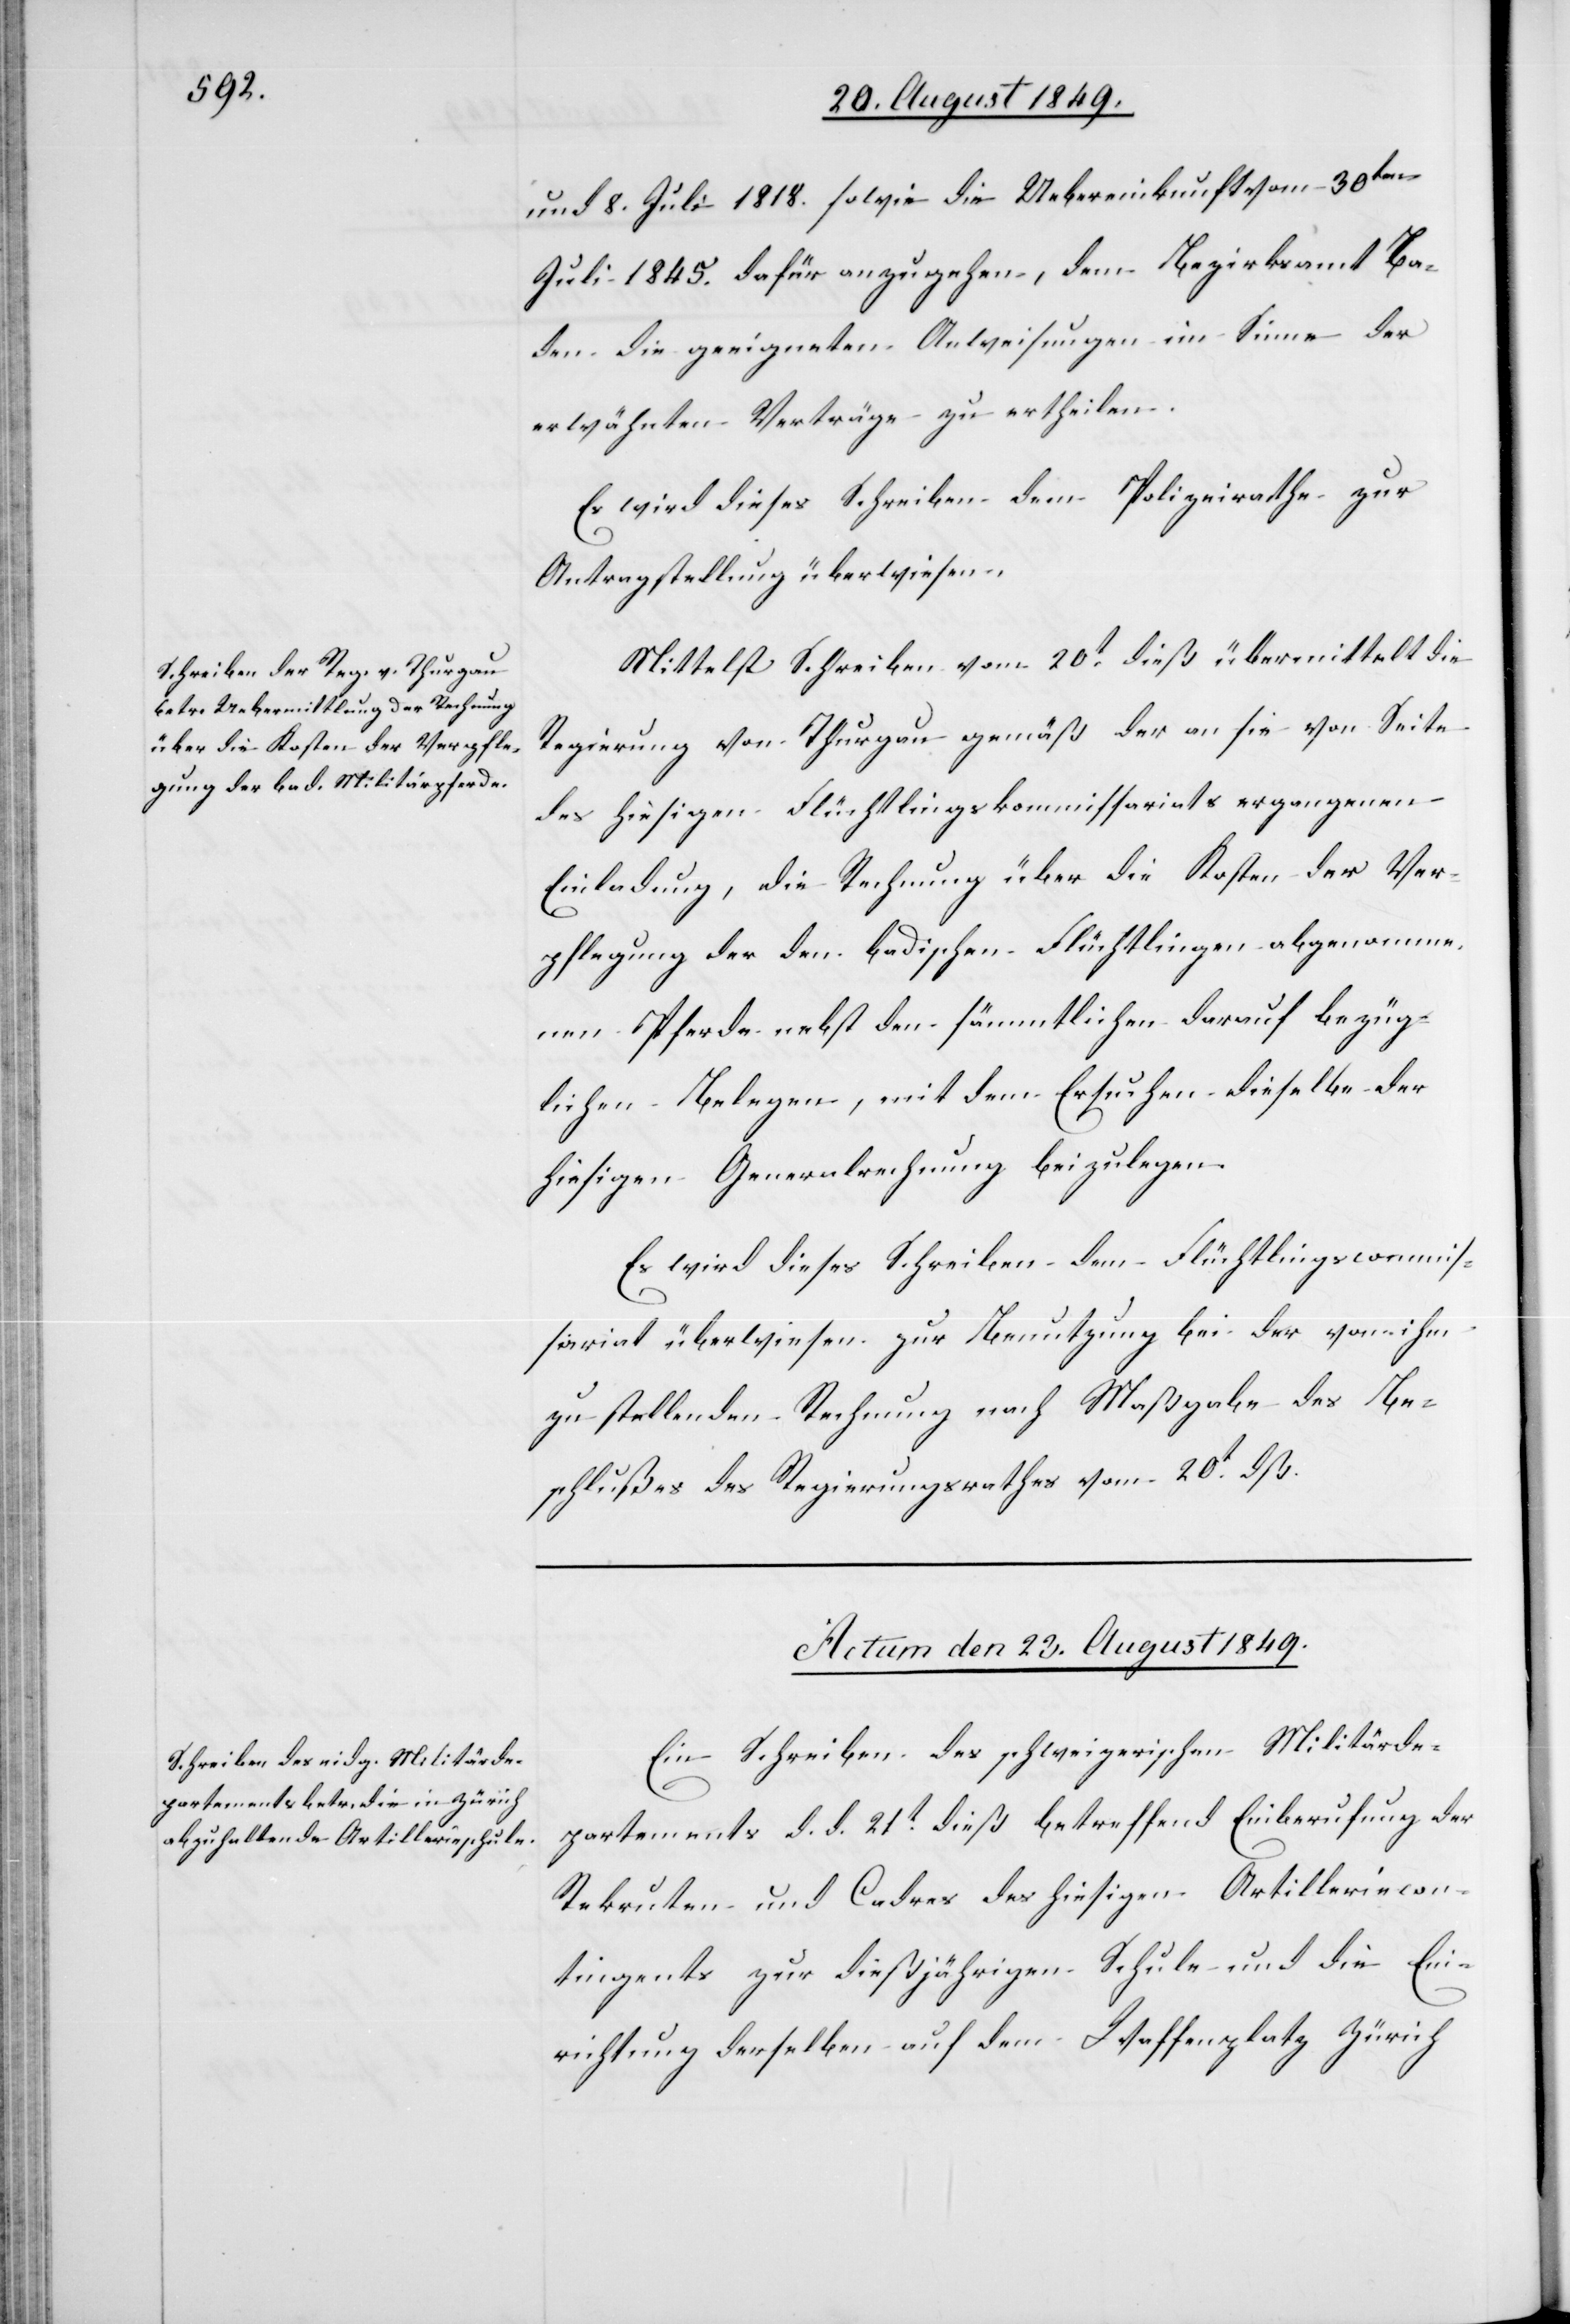
und 8. Juli 1818. sowie die Uebereinkunft vom 30ten
Juli 1845. dafür anzugehen, dem Bezirksamt Ba¬
den die geeigneten Anweisungen im Sinne der
erwähnten Verträge zu ertheilen.
Es wird dieses Schreiben dem Polizeirathe zur
Antragstellung überwiesen.
Mittelst Schreiben vom 20t dieß übermittelt die
Regierung von Thurgau gemäß der an sie von Seite
des hiesigen Flüchtlingskommissariats ergangenen
Einladung, die Rechnung über die Kosten der Ver¬
pflegung der den badischen Flüchtlingen abgenomme¬
nen Pferde nebst den sämmtlichen darauf bezüg¬
lichen Belegen, mit dem Ersuchen dieselbe der
hiesigen Generalrechnung beizulegen.
Es wird dieses Schreiben dem Flüchtlingscommis¬
sariat überwiesen. Zur Benutzung bei der von ihm
zu stellenden Rechnung nach Maßgabe des Be¬
schlußes des Regierungsrathes vom 20t dß.
Actum den 23. August 1849.
Ein Schreiben des schweizerischen Militärde¬
partements d. d. 21t dieß betreffend Einberufung der
Rekruten und Cadres des hiesigen Artilleriecon¬
tingents zur dießjährigen Schule und die Ein¬
richtung derselben auf dem Waffenplatz Zürich